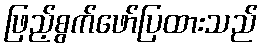
ဖြည့်စွက်ဖော်ပြထားသည်